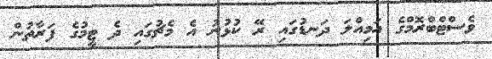
ވެސްޓްބްރޮމްގެ އަމިއްލަ ދަނޑުގައި ރޭ ކުޅުނު އެ މެޗުގައި ދެ ޓީމުގެ ފަރާތުން